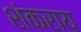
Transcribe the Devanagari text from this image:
शंकराय